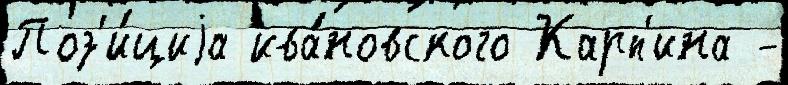
Поз'и́циjа ива́новского Карп'ина -